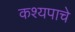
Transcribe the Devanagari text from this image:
कश्यपाचे